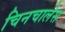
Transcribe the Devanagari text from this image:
चिनचालेस